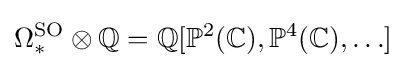
\Omega _{*}^{\text{SO}}\otimes \mathbb {Q} =\mathbb {Q} [\mathbb {P} ^{2}(\mathbb {C} ),\mathbb {P} ^{4}(\mathbb {C} ),\ldots ]